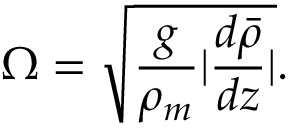
\Omega = \sqrt { \frac { g } { \rho _ { m } } \lvert \frac { d \bar { \rho } } { d z } \rvert } .